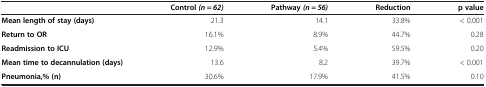
<table><thead><tr><td><b> </b></td><td><b>Control <i>(n = 62)</i></b></td><td><b>Pathway <i>(n = 56)</i></b></td><td><b>Reduction</b></td><td><b>p value</b></td></tr></thead><tbody><tr><td><b>Mean length of stay (days)</b></td><td>21.3</td><td>14.1</td><td>33.8%</td><td>&lt; 0.001</td></tr><tr><td><b>Return to OR</b></td><td>16.1%</td><td>8.9%</td><td>44.7%</td><td>0.28</td></tr><tr><td><b>Readmission to ICU</b></td><td>12.9%</td><td>5.4%</td><td>59.5%</td><td>0.20</td></tr><tr><td><b>Mean time to decannulation (days)</b></td><td>13.6</td><td>8.2</td><td>39.7%</td><td>&lt; 0.001</td></tr><tr><td><b>Pneumonia,% (n)</b></td><td>30.6%</td><td>17.9%</td><td>41.5%</td><td>0.10</td></tr></tbody></table>